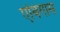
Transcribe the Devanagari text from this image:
एंबिगास